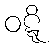
ဝဋ္ဋိ